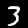
Digit: 3